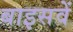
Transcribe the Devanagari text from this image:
बाइसवें